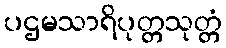
ပဌမသာရိပုတ္တသုတ္တံ